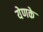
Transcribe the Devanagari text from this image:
येणके